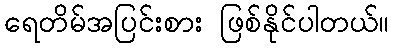
ရေတိမ်အပြင်းစား ဖြစ်နိုင်ပါတယ်။